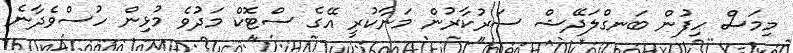
މިމަސް ހިފުން ބަނގްލަދޭޝް ސަރުކާރުން މަނާކުރީ އޭގެ ސްޓޮކް މަދުވެ މުޅިން ހުސްވެދާނެ